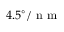
4 . 5 ^ { \circ } / \mathrm { ~ n ~ m ~ }